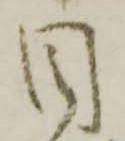
目